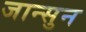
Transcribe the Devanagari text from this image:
जान्सुन